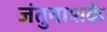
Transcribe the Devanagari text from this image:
जंतुनाशके